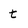
Character: t